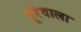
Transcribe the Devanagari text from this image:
बूरेवाला